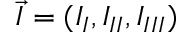
\vec { I } = ( I _ { I } , I _ { I I } , I _ { I I I } )